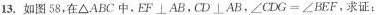
13.如图 58,在△ABC 中,EF\perp AB,CD\perp AB,∠CDG = ∠BEF,求证: